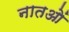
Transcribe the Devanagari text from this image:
नातओं